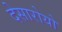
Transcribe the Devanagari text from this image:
देसारोयो